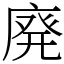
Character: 廃